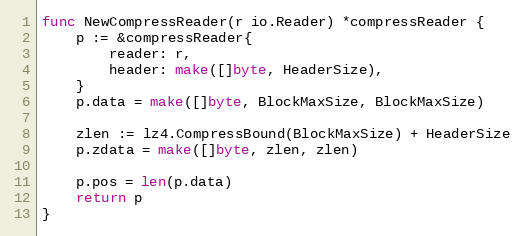
Language: Go
func NewCompressReader(r io.Reader) *compressReader {
	p := &compressReader{
		reader: r,
		header: make([]byte, HeaderSize),
	}
	p.data = make([]byte, BlockMaxSize, BlockMaxSize)

	zlen := lz4.CompressBound(BlockMaxSize) + HeaderSize
	p.zdata = make([]byte, zlen, zlen)

	p.pos = len(p.data)
	return p
}